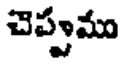
చెప్పుము